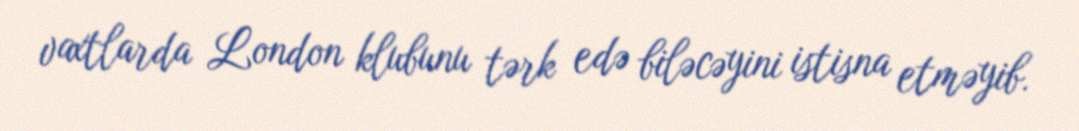
vaxtlarda London klubunu tərk edə biləcəyini istisna etməyib.